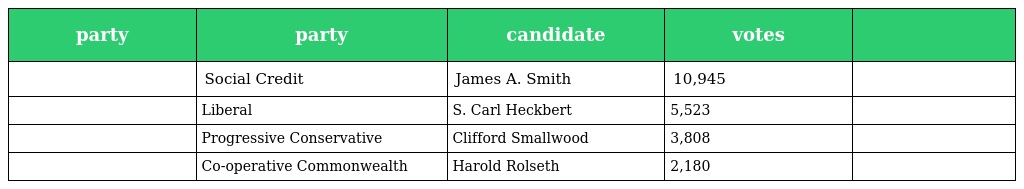
| party | party | candidate | votes |  |
 | --- | --- | --- | --- | --- |
 |  | Social Credit | James A. Smith | 10,945 |  |
 |  | Liberal | S. Carl Heckbert | 5,523 |  |
 |  | Progressive Conservative | Clifford Smallwood | 3,808 |  |
 |  | Co-operative Commonwealth | Harold Rolseth | 2,180 |  |